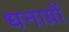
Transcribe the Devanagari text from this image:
धनाग्रों